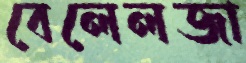
বেলেলজা